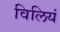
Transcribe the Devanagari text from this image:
विलियं